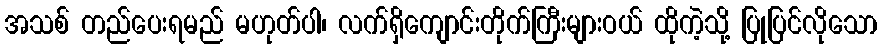
အသစ် တည်ပေးရမည် မဟုတ်ပါ၊ လက်ရှိကျောင်းတိုက်ကြီးများဝယ် ထိုကဲ့သို့ ပြုပြင်လိုသော